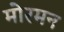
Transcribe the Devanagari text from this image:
मोरमन